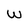
Character: w